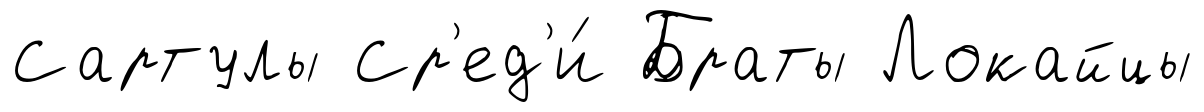
Сартулы Ср'ед'и́ Браты Локайцы